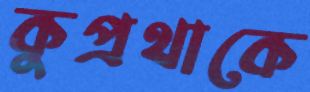
কুপ্রথাকে